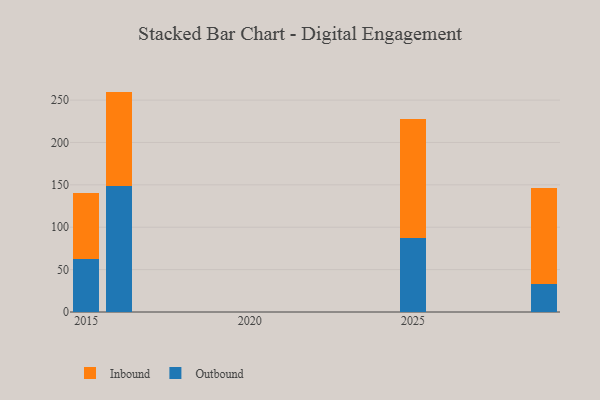
{"axis": {"x": "Year", "y": "Production Output"}, "legend": ["Inbound", "Outbound"], "data": [{"x": "2015", "y": 62.7, "type": "Outbound"}, {"x": "2015", "y": 77.4, "type": "Inbound"}, {"x": "2029", "y": 33.0, "type": "Outbound"}, {"x": "2029", "y": 113.1, "type": "Inbound"}, {"x": "2016", "y": 148.8, "type": "Outbound"}, {"x": "2016", "y": 111.2, "type": "Inbound"}, {"x": "2025", "y": 87.0, "type": "Outbound"}, {"x": "2025", "y": 140.1, "type": "Inbound"}]}